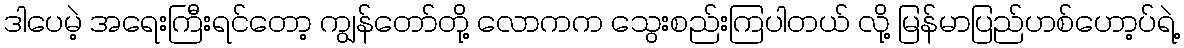
ဒါပေမဲ့ အရေးကြီးရင်တော့ ကျွန်တော်တို့ လောကက သွေးစည်းကြပါတယ် လို့ မြန်မာပြည်ဟစ်ဟော့ပ်ရဲ့